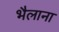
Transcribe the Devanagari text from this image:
भैलाना